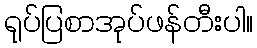
ရုပ်ပြစာအုပ်ဖန်တီးပါ။